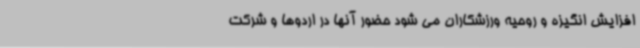
افزایش انگیزه و روحیه ورزشکاران می شود حضور آنها در اردوها و شرکت